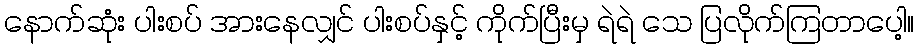
နောက်ဆုံး ပါးစပ် အားနေလျှင် ပါးစပ်နှင့် ကိုက်ပြီးမှ ရဲရဲ သေ ပြလိုက်ကြတာပေါ့။